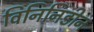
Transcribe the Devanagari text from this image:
विनिनिडीन